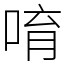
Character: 唷